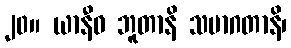
၂၀။ ယာနီဓ ဘူတာနိ သမာဂတာနိ၊